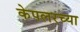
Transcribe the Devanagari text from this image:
केपलरच्या